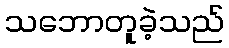
သဘောတူခဲ့သည်